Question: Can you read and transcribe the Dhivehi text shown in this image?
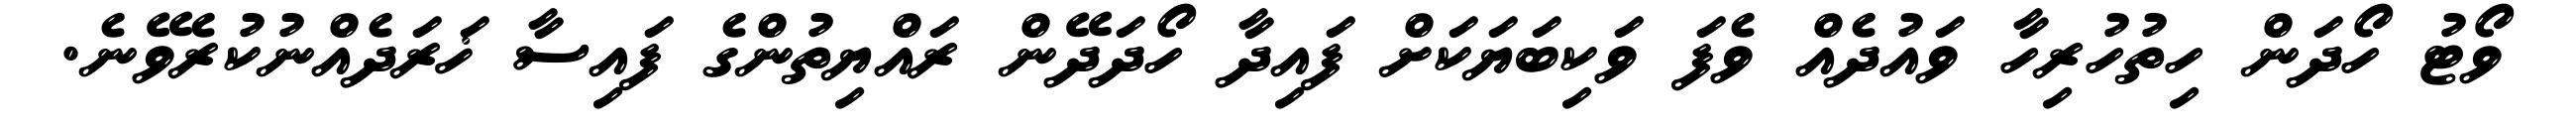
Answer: ވޯޓު ހޯދަން ހިތުހުރިހާ ވައުދެއް ވެފަ ވަކިބަޔަކަށް ފައިދާ ހޯދަދޭން ރައްޔިތުންގެ ފައިސާ ޚަރަދެއްނުކުރެވޭނެ.